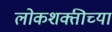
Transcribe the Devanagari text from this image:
लोकशक्तीच्या